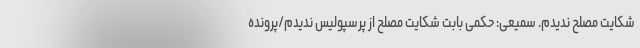
شکایت مصلح ندیدم. سمیعی: حکمی بابت شکایت مصلح از پرسپولیس ندیدم/پرونده